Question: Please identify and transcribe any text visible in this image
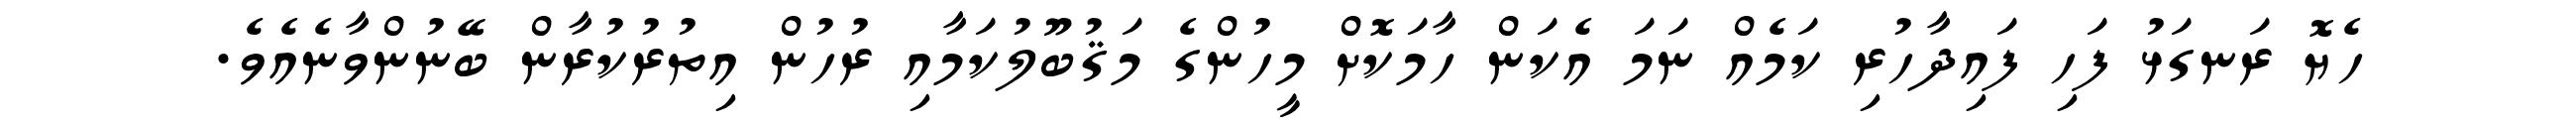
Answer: ހެޔޮ ރަނގަޅު ފަހި ފައިދާހުރި ކަމެއް ނަމަ އެކަން ހާމަކޮށް މީހުންގެ މަޤުބޫލުކަމާއި ރުހުން އިތުރުކުރާން ބޭނުންވާނެއެވެ.